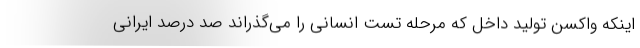
اینکه واکسن تولید داخل که مرحله تست انسانی را می‌گذراند صد درصد ایرانی